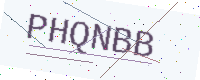
Text: PHQNBB